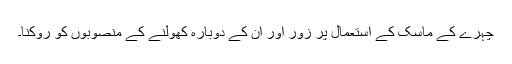
چہرے کے ماسک کے استعمال پر زور اور ان کے دوبارہ کھولنے کے منصوبوں کو روکنا۔